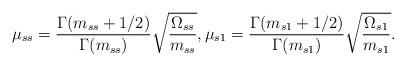
LaTeX: \begin{align*} \mu_{ss} = \frac{\Gamma(m_{ss}+1/2)}{\Gamma(m_{ss})} \sqrt{\frac{\Omega_{ss}}{m_{ss}}}, \mu_{s1} = \frac{\Gamma(m_{s1}+1/2)}{\Gamma(m_{s1})} \sqrt{\frac{\Omega_{s1}}{m_{s1}}}.\end{align*}